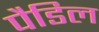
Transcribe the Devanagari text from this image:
पैडिल